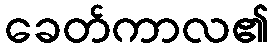
ခေတ်ကာလ၏